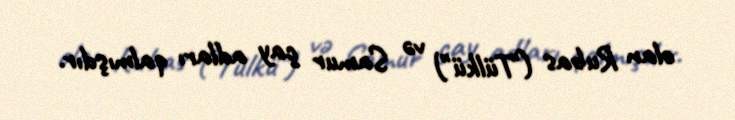
olan Rubas ("Tülkü") və Samur çay adları qalmışdır.